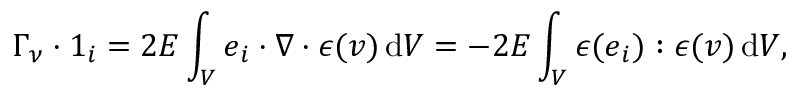
\boldsymbol { \Gamma } _ { \nu } \boldsymbol { \cdot } \boldsymbol { 1 } _ { i } = 2 E \int _ { V } \boldsymbol { e } _ { i } \boldsymbol { \cdot } \nabla \boldsymbol { \cdot } \boldsymbol { \epsilon } ( \boldsymbol { v } ) \, \mathrm { d } V = - 2 E \int _ { V } \boldsymbol { \epsilon } ( \boldsymbol { e } _ { i } ) : \boldsymbol { \epsilon } ( \boldsymbol { v } ) \, \mathrm { d } V ,